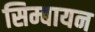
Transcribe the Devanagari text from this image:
सिम्बायन